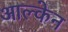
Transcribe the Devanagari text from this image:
आल्केन